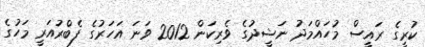
ކުރީގެ ރައީސް މުހައްމަދު ނަޝީދުގެ ވެރިކަން 2012 ވަނަ އަހަރުގެ ފެބްރުއަރީ މަހުގެ